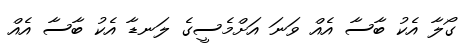
ގޯލާ އެކު ބާސާ އެއް ވަނަ އަށްމެސީގެ ލަނޑާ އެކު ބާސާ އެއް